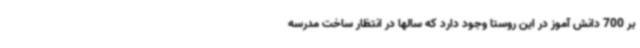
بر 700 دانش آموز در این روستا وجود دارد که سالها در انتظار ساخت مدرسه